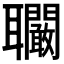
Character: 𦘑